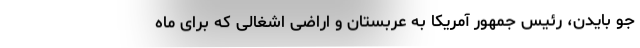
جو بایدن، رئیس جمهور آمریکا به عربستان و اراضی اشغالی که برای ماه